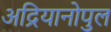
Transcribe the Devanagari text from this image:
अद्रियानोपुल